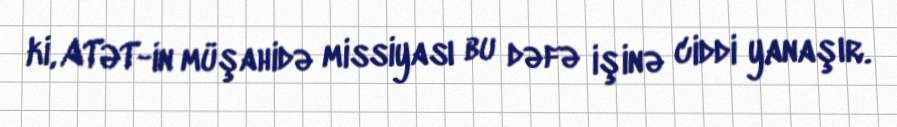
ki, ATƏT-in müşahidə missiyası bu dəfə işinə ciddi yanaşır.